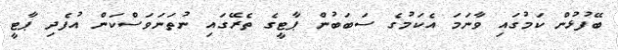
ބޭފުޅުން ކަމުގައި ވާނަމަ އެކަމުގެ ސަބަބުން ޕާޓީގެ ތެރޭގައި ނުތަނަވަސްކަން އުފެދި ޕާޓީ